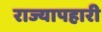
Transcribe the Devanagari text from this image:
राज्यापहारी